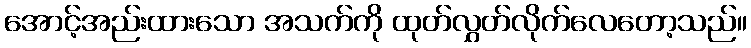
အောင့်အည်းထားသော အသက်ကို ထုတ်လွှတ်လိုက်လေတော့သည်။